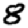
Digit: 8